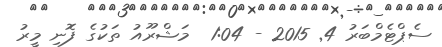
ސެޕްޓެމްބަރު 4